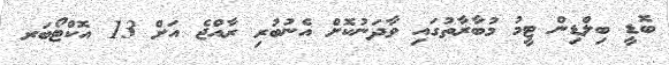
ބޮޑީ ބިލްޑިން ޓީމު މުބާރާތުގައި ވާދަނުކޮށް އެނުބުރި ރާއްޖެ އަށް 13 އޮކްޓޯބަރ